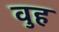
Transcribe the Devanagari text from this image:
वुह